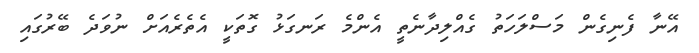
އޭނާ ފެނިގެން މަސްލަހަތު ގެއްލިދާނެތީ އެންމެ ރަނގަޅު ގޮތަކީ އެތެރެއަށް ނުވަދެ ބޭރުގައި